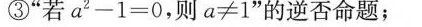
③”若$$a^{2}-1=0，则a≠1”$$的逆否命题；